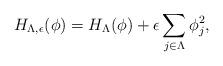
LaTeX: \begin{align*}H_{\Lambda, \epsilon}(\phi) = H_{\Lambda }(\phi)+\epsilon\sum_{j \in \Lambda} \phi_j^2,\end{align*}